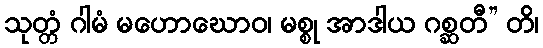
သုတ္တံ ဂါမံ မဟောဃောဝ၊ မစ္စု အာဒါယ ဂစ္ဆတီ” တိ၊